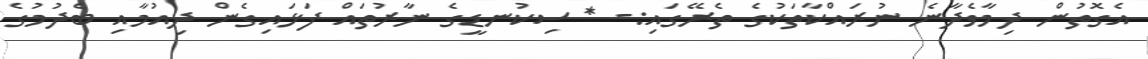
އެގޮތުން ދިމާވެދާނެ ނުރައްކާތަކުގެ ތެރޭގައި:- * ސިކުނޑީގެ ނާރުތައް ފަޅައިގެން ދިއުމާއި ބެދުމުގެ